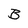
Character: B